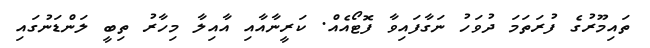
ތައިމޫރުގެ ފުރަތަމަ ދުވަހު ނަގާފައިވާ ފޮޓޯއެއް. ކަރީނާއާއި އާއިލާ މިހާރު ތިބީ ލަންޑަނުގައި